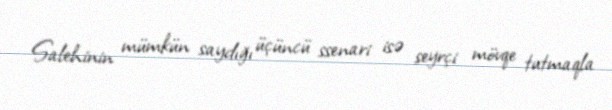
Salehinin mümkün saydığı üçüncü ssenari isə seyrçi mövqe tutmaqla